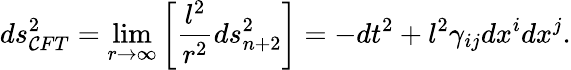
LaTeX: ds_{\mathcal{C}FT}^{2}=\operatorname*{lim}_{r\to\infty}\left[{\frac{{l^{2}}}{{r^{2}}}}ds_{n+2}^{2}\right]=-dt^{2}+l^{2}\gamma_{ij}dx^{i}dx^{j}.